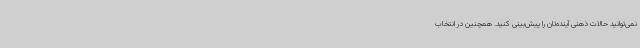
نمی‌توانید حالات ذهنی آینده‌تان را پیش‌بینی کنید. همچنین در انتخاب